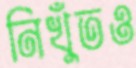
নিখুঁতও